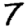
Digit: 7